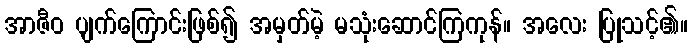
အာဇီဝ ပျက်ကြောင်းဖြစ်၍ အမှတ်မဲ့ မသုံးဆောင်ကြကုန်။ အလေး ပြုသင့်၏။